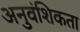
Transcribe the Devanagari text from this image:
अनुवंशिकता